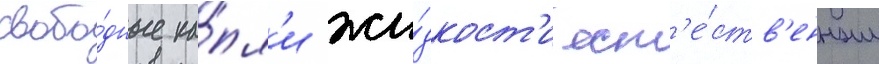
свобо́дные ка́пл'и жи́дкост'и ест'е́ств'енным